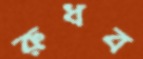
রুধব